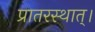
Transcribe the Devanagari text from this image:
प्रातरस्थात्।